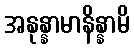
အနုန္နာမာနိန္နာမိ